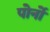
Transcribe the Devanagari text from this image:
पोर्नो